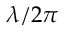
\lambda / 2 \pi